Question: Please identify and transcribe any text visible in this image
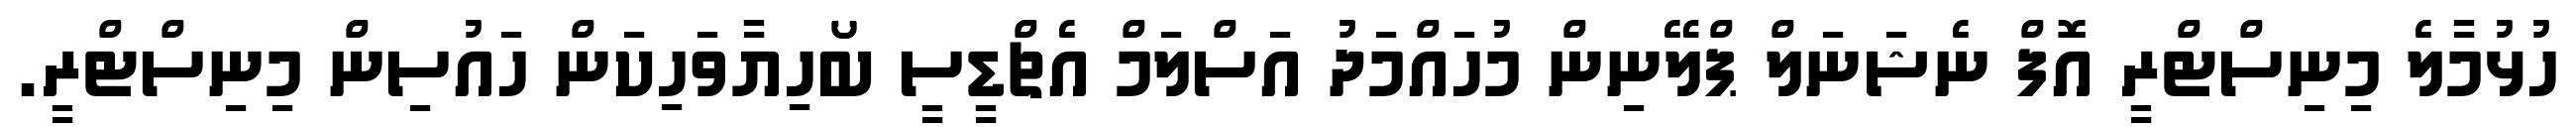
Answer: ހުޅުމާލެ މިނިސްޓްރީ އޮފް ނެޝަނަލް ޕްލޭނިން މުހައްމަދު އަސްލަމް އެޗްޑީސީ ބޯހިޔާވަހިކަން ހައުސިން މިނިސްޓްރީ.